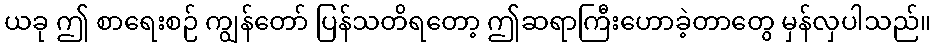
ယခု ဤ စာရေးစဉ် ကျွန်တော် ပြန်သတိရတော့ ဤဆရာကြီးဟောခဲ့တာတွေ မှန်လှပါသည်။